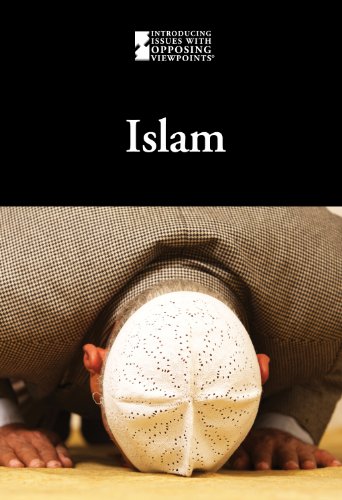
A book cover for Islam (Introducing Issues With Opposing Viewpoints); Lauri S. Scherer; Teen & Young Adult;